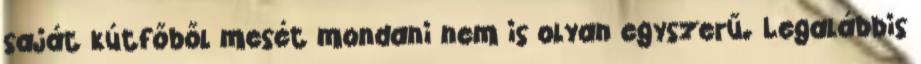
saját kútfőből mesét mondani nem is olyan egyszerű. Legalábbis